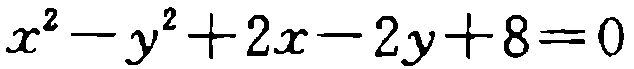
\(x^{2}-y^{2}+2x - 2y + 8 = 0\)